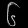
Digit: ၆